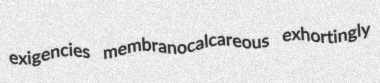
exigencies membranocalcareous exhortingly